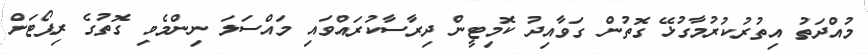
މުއްދަތު އިތުރުކުރުމާގުޅޭ ގޮތުން ގަވާއިދު ކޮމިޓީން ދިރާސާކުރައްވައި މައްސަލަ ނިންމެވި ގޮތުގެ ރިޕޯޓަށް